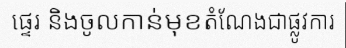
ផ្ទេរ និងចូលកាន់មុខតំណែងជាផ្លូវការ